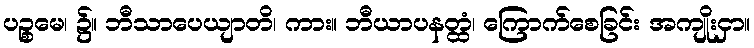
ပဉ္စမေ၊ ၌။ ဘီသာပေယျာတိ၊ ကား။ ဘီယာပနတ္ထံ၊ ကြောက်စေခြင်း အကျိုးငှာ။